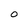
Character: O